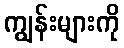
ကျွန်းများကို